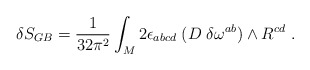
\begin{align*}\delta S_{GB}= {1\over 32 \pi^2}\int_M 2 \epsilon_{abcd}\; (D\; \delta \omega^{ab}) \wedge R^{cd} \ .\end{align*}